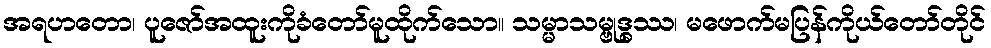
အရဟတော၊ ပူဇော်အထူးကိုခံတော်မူထိုက်သော။ သမ္မာသမ္ဗုဒ္ဓဿ၊ မဖောက်မပြန်ကိုယ်တော်တိုင်